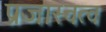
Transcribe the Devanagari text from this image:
प्रजास्वत्व